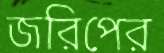
জরিপের